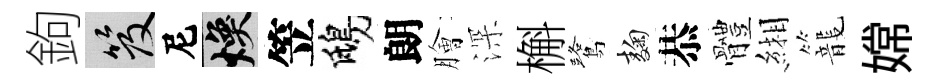
鉤笈尼焕笠鴟朗膾深槲鷺麹恭體緗龍嫦